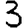
Digit: 3